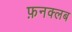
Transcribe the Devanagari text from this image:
फ़नक्लब